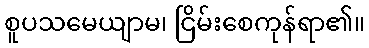
စူပသမေယျာမ၊ ငြိမ်းစေကုန်ရာ၏။